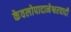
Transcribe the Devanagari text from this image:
केवलोपादानेश्वरवादी